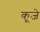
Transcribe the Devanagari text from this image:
कूजे